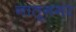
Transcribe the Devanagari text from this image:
नातूनगर